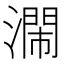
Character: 𣿸